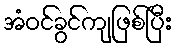
အံဝင်ခွင်ကျဖြစ်ပြီး